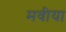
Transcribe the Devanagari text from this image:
मवीया